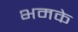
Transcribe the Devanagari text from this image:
भमके